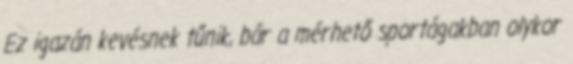
Ez igazán kevésnek tűnik, bár a mérhető sportágakban olykor